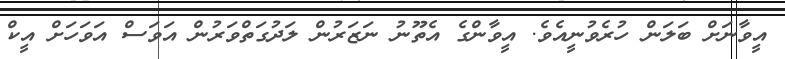
އީވާނަށް ބަލަން ހުރެވުނީއެވެ. އީވާންގެ އެތޫނު ނަޒަރުން ލަދުގަތްވަރުން އަވަސް އަވަހަށް އީކް